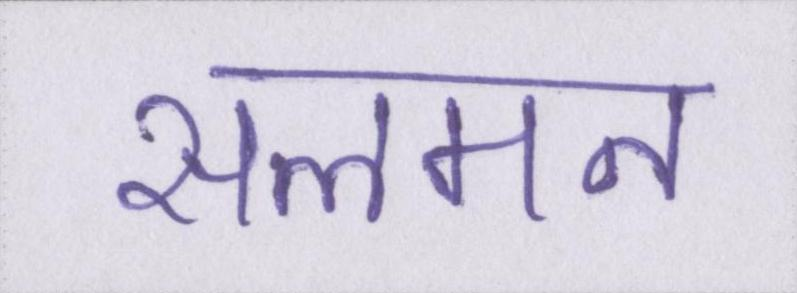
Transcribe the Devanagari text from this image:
सलमन